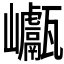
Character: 𡿕